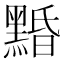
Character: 𪑕